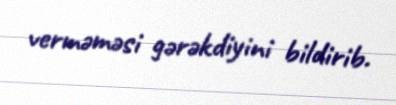
verməməsi gərəkdiyini bildirib.